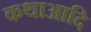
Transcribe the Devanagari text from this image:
कथाआदि